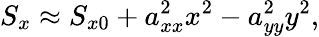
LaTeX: S_{x}\approx S_{x0}+a_{xx}^{2}x^{2}-a_{yy}^{2}y^{2},